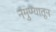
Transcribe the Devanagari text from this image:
नमुण्यातून